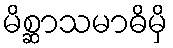
မိစ္ဆာသမာဓိမှိ